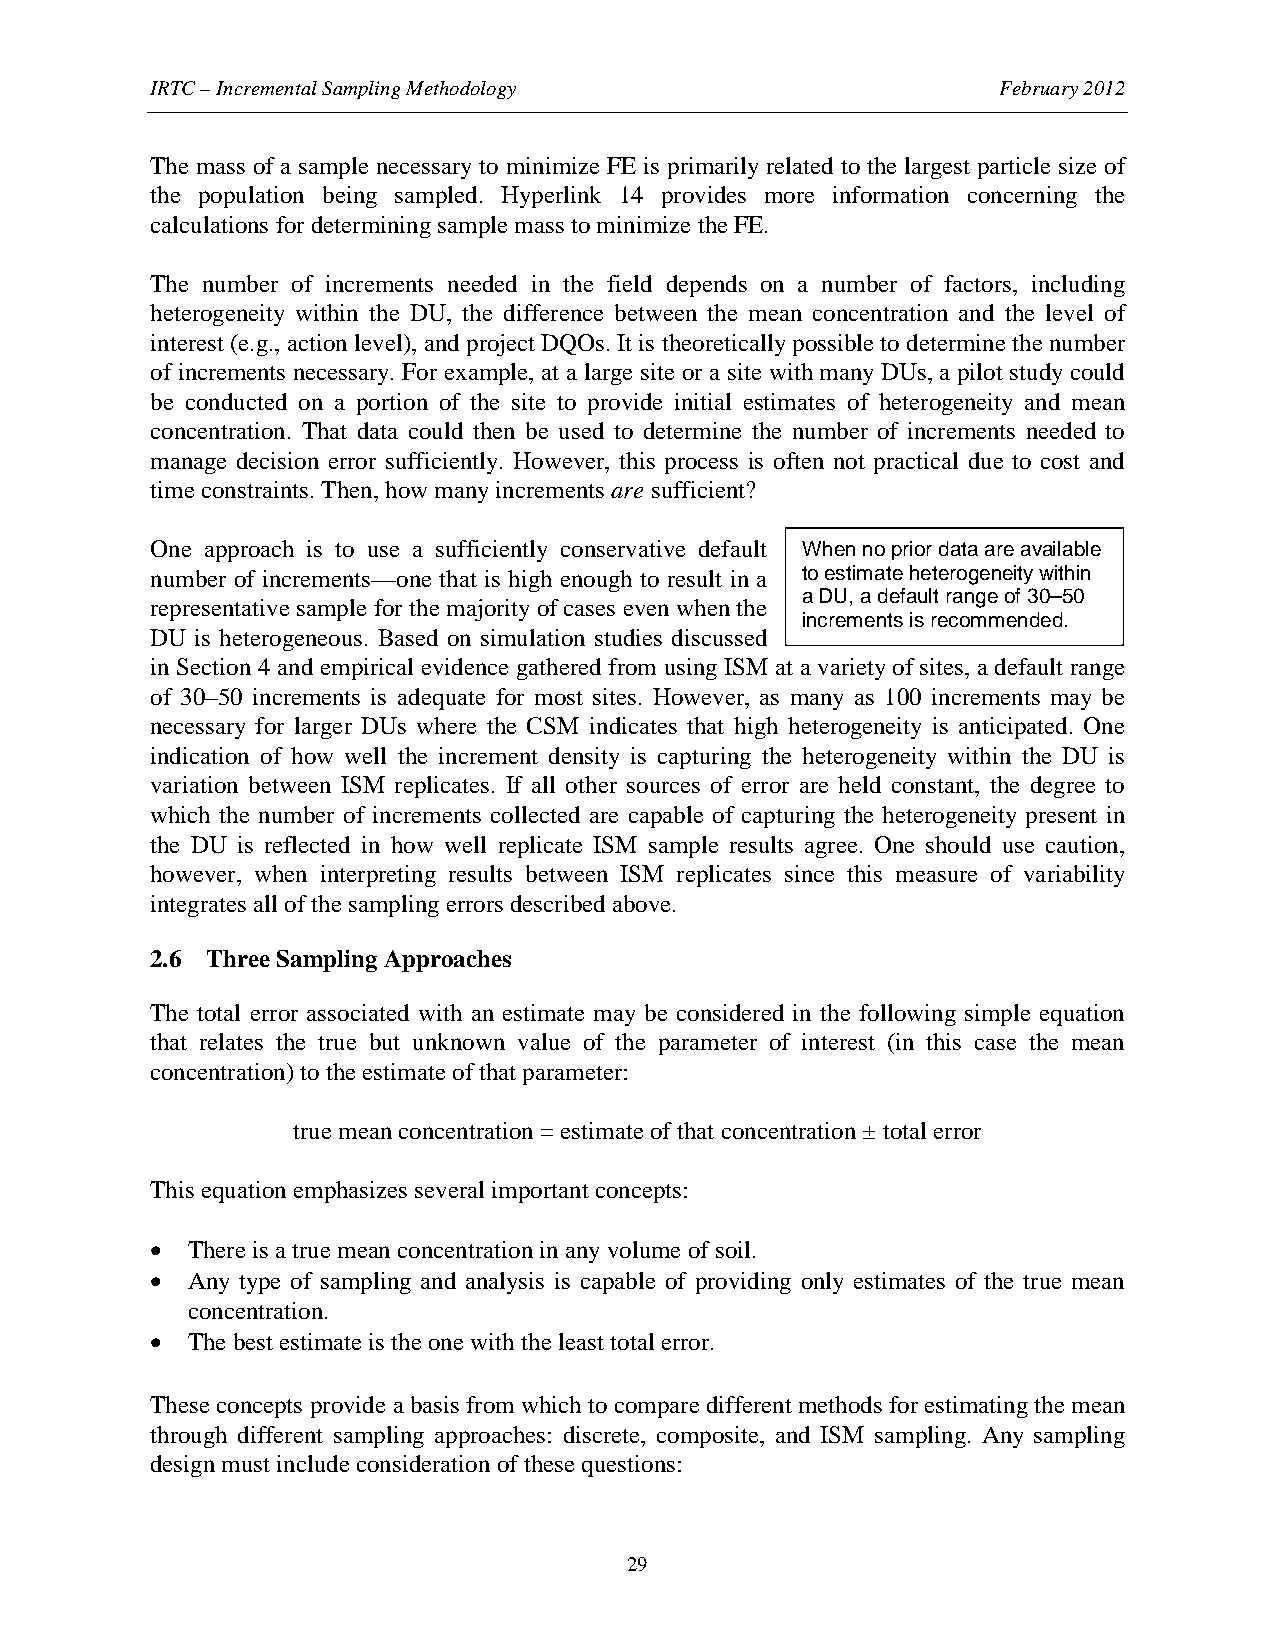
IRTC – Incremental Sampling Methodology                 February 2012
 The mass of a sample necessary to minimize FE is primarily related to the largest particle size of
 the population being sampled. Hyperlink 14 provides more information concerning the
 calculations for determining sample mass to minimize the FE.
 The number of increments needed in the field depends on a number of factors, including
 heterogeneity within the DU, the difference between the mean concentration and the level of
 interest (e.g., action level), and project DQOs. It is theoretically possible to determine the number
 of increments necessary. For example, at a large site or a site with many DUs, a pilot study could
 be conducted on a portion of the site to provide initial estimates of heterogeneity and mean
 concentration. That data could then be used to determine the number of increments needed to
 manage decision error sufficiently. However, this process is often not practical due to cost and
 time constraints. Then, how many increments are sufficient?
 One approach is to use a sufficiently conservative default When no prior data are available
 number of increments—one that is high enough to result in a to estimate heterogeneity within
 a DU, a default range of 30–50
 representative sample for the majority of cases even when the
 increments is recommended.
 DU is heterogeneous. Based on simulation studies discussed
 in Section 4 and empirical evidence gathered from using ISM at a variety of sites, a default range
 of 30–50 increments is adequate for most sites. However, as many as 100 increments may be
 necessary for larger DUs where the CSM indicates that high heterogeneity is anticipated. One
 indication of how well the increment density is capturing the heterogeneity within the DU is
 variation between ISM replicates. If all other sources of error are held constant, the degree to
 which the number of increments collected are capable of capturing the heterogeneity present in
 the DU is reflected in how well replicate ISM sample results agree. One should use caution,
 however, when interpreting results between ISM replicates since this measure of variability
 integrates all of the sampling errors described above.
 2.6 Three Sampling Approaches
 The total error associated with an estimate may be considered in the following simple equation
 that relates the true but unknown value of the parameter of interest (in this case the mean
 concentration) to the estimate of that parameter:
 true mean concentration = estimate of that concentration ± total error
 This equation emphasizes several important concepts:
 • There is a true mean concentration in any volume of soil.
 • Any type of sampling and analysis is capable of providing only estimates of the true mean
 concentration.
 • The best estimate is the one with the least total error.
 These concepts provide a basis from which to compare different methods for estimating the mean
 through different sampling approaches: discrete, composite, and ISM sampling. Any sampling
 design must include consideration of these questions:
 29